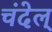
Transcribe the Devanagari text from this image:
चंदेल्